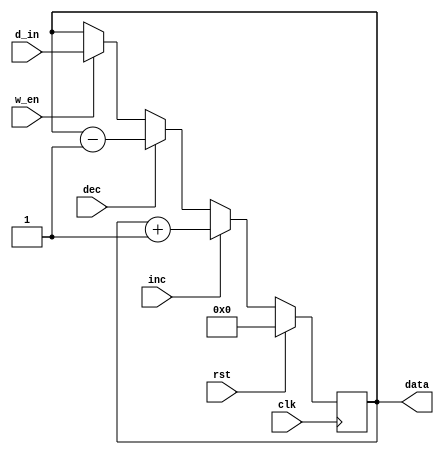
module reg_32_incdec(
    input [31:0] d_in,
    output [31:0] data,
    input clk,
    input w_en,
    input inc,
    input dec,
    input rst
    );
    reg [31:0] data;
    always @(posedge clk)
    begin
        if (rst)
            data = 0;
        else if (inc)
            data = data + 1;
        else if (dec)
            data = data - 1;
        else if (w_en)
            data = d_in;
    end
    
endmodule